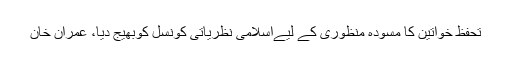
تحفظ خواتین کا مسودہ منظوری کے لیےاسلامی نظریاتی کونسل کوبھیج دیا، عمران خان